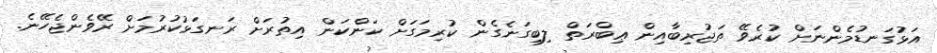
އަޅުގަނޑުމެންނަށް ކުރެވޭ ތަޖުރިބާއިން ޢިބްރަތް ލިބިގަނެގެން ކުރިމަގަށް ކަންކަން އިތުރަށް ރަނގަޅުކުރުމަށް ރޭވެންޖެހޭނެ.